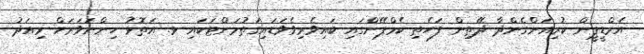
އެމްޑީޕީން ކުރިއަށްގެންދާ ދޭތިން ފަހެތި ކެމްޕޭންގައި ބައިވެރިވެވަޑައިގަތުމަށްޓަކައި ޅ. އަތޮޅު ހިންނަވަރަށް މިއަދު